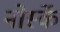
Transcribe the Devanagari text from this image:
नोर्स्के